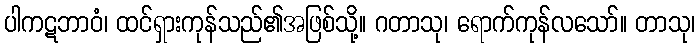
ပါကဋဘာဝံ၊ ထင်ရှားကုန်သည်၏အဖြစ်သို့။ ဂတာသု၊ ရောက်ကုန်လသော်။ တာသု၊